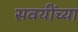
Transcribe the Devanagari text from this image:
सवयींच्या